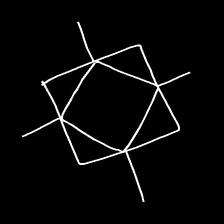
Glyph: light